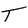
Character: T